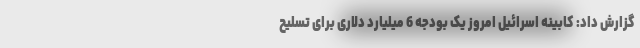
گزارش داد: کابینه اسرائیل امروز یک بودجه 6 میلیارد دلاری برای تسلیح